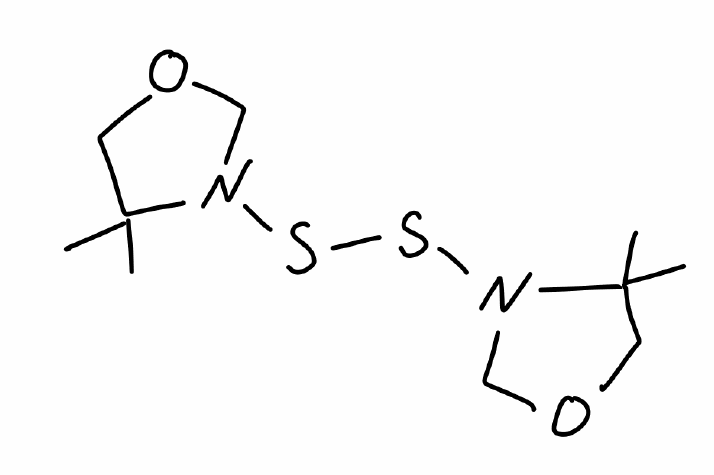
Simplified molecular-input line-entry system (SMILES) notation of the given molecule:
CC1(COCN1SSN2COCC2(C)C)C